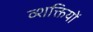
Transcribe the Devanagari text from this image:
व्शक्तियों